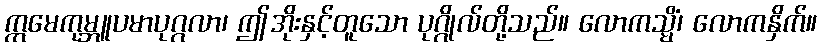
ဣမေကုမ္ဘူပမာပုဂ္ဂလာ၊ ဤအိုးနှင့်တူသော ပုဂ္ဂိုလ်တို့သည်။ လောကသ္မိံ၊ လောကနှိက်။